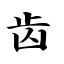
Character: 齿